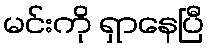
မင်းကို ရှာနေပြီ